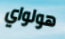
هولواي